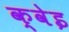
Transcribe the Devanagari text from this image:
क्वेइ